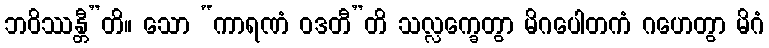
ဘဝိဿန္တီ”တိ။ သော “ကာရဏံ ဝဒတီ”တိ သလ္လက္ခေတွာ မိဂပေါတကံ ဂဟေတွာ မိဂံ